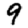
Digit: 9